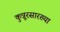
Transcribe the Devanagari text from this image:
कुन्नूरसारख्या